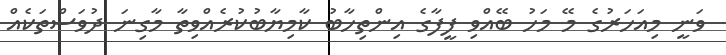
ވަނީ މިއަހަރުގެ މޭ މަހު ބޭއްވި ފީފާގެ އިންތިހާބު ކާމިޔާބުކުރެއްވިތާ މާގިނަ ދުވަސްތަކެއް